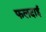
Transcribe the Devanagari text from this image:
फलदाई